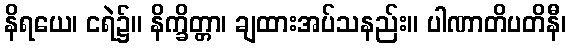
နိရယေ၊ ငရဲ၌။ နိက္ခိတ္တာ၊ ချထားအပ်သနည်း။ ပါဏာတိပတိနီ၊